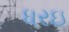
ધરઇ